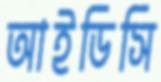
আইডিসি